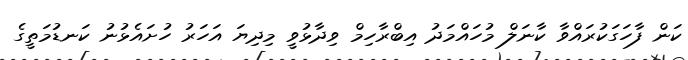
ކަން ފާހަގަކުރައްވާ ކާނަލް މުހައްމަދު އިބްރާހިމް ވިދާޅުވީ މިދިޔަ އަހަރު ހުށައެޅުނު ކަނޑުމަތީގެ